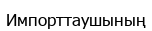
Импорттаушының